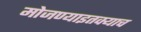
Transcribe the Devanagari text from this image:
मोजण्याइतक्याच